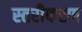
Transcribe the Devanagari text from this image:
स्‍तरीकरण